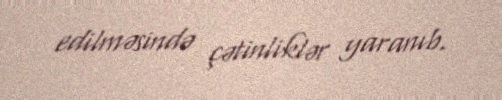
edilməsində çətinliklər yaranıb.